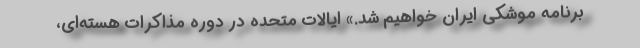
برنامه موشکی ایران خواهیم شد.» ایالات متحده در دوره مذاکرات هسته‌ای،